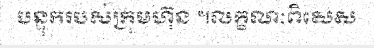
បន្ទុករបស់ក្រុមហ៊ុន ។លក្ខណៈពិសេស